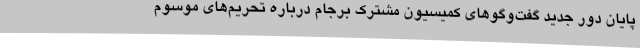
پایان دور جدید گفت‌وگوهای کمیسیون مشترک برجام درباره تحریم‌های موسوم